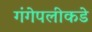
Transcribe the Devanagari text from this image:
गंगेपलीकडे